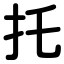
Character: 托